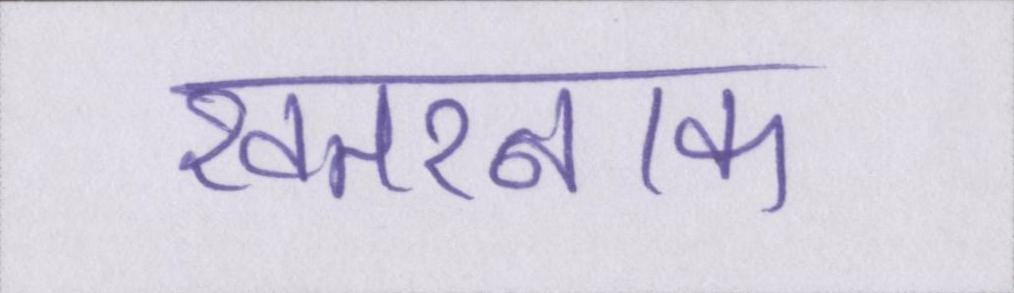
खतरनाक